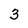
Character: 3